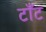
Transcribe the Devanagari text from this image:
टाँट